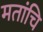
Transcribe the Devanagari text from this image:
मतांचि